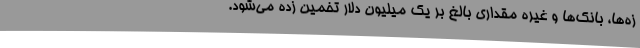
زه‌ها، بانک‌ها و غیره مقداری بالغ بر یک میلیون دلار تخمین زده می‌شود.